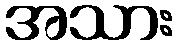
အသား